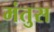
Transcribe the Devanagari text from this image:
मंतुस